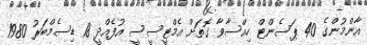
އާންމުންގެ 40 ޕަސެންޓް ހިއްސާވާ ގޮތަށް އެމްޓީސީސީ އުފެއްދީ 18 ޑިސެމްބަރު 1980